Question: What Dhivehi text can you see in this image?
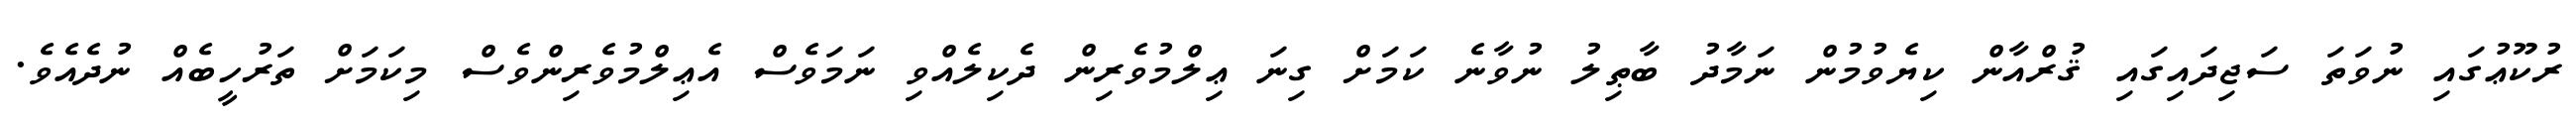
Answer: ރުކޫޢުގައި ނުވަތަ ސަޖިދައިގައި ޤުރްއާން ކިޔެވުމުން ނަމާދު ބާޠިލު ނުވާނެ ކަމަށް ގިނަ ޢިލްމުވެރިން ދެކިލެއްވި ނަމަވެސް އެޢިލްމުވެރިންވެސް މިކަމަށް ތަރުހީބެއް ނުދެއެވެ.